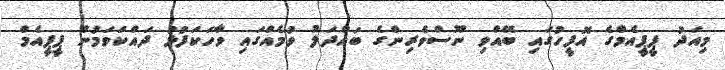
މިއަދު ޕީޕީއެމްގެ އޮފީހުގައި ބޭއްވި ނޫސްވެރިންގެ ބައްދަލު ވުމެއްގައި ވާހަކަފުޅު ދައްކަވަމުން ޕީޕީއެމް